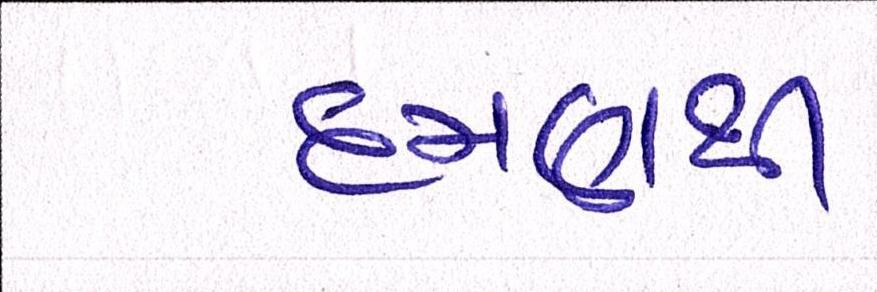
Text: દમણથી